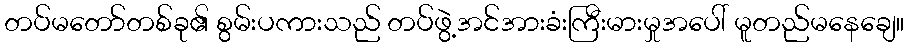
တပ်မတော်တစ်ခု၏ စွမ်းပကားသည် တပ်ဖွဲ့အင်အားခံးကြီးမားမှုအပေါ် မူတည်မနေချေ။